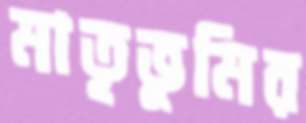
মাতৃভূমির